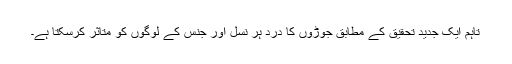
تاہم ایک جدید تحقیق کے مطابق جوڑوں کا درد ہر نسل اور جنس کے لوگوں کو متاثر کرسکتا ہے۔